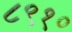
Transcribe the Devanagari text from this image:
८९१०